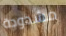
مشدودة